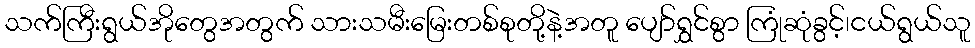
သက်ကြီးရွယ်အိုတွေအတွက် သားသမီးမြေးတစ်စုတို့နဲ့အတူ ပျော်ရွှင်စွာ ကြုံဆုံခွင့်၊ငယ်ရွယ်သူ